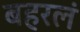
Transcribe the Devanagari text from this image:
बहरलं